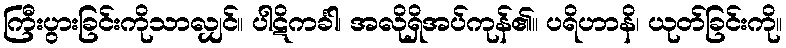
ကြီးပွားခြင်းကိုသာလျှင်။ ပါဋိကင်္ခါ၊ အလိုရှိအပ်ကုန်၏။ ပရိဟာနိ၊ ယုတ်ခြင်းကို။